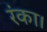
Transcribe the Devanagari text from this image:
रंका।